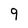
Character: 9